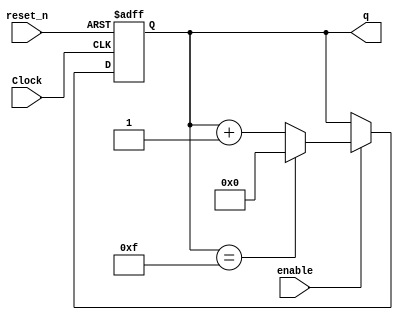
// posedge enable? doesnt require clock?
module DisplayCounter(Clock, enable, reset_n, q);
	input Clock;
	input enable;
	input reset_n;
	output [3:0] q;
	reg [3:0] count;

	always @(posedge Clock, negedge reset_n)
	begin
		if (reset_n == 1'b0)
			count[3:0] <= 4'b0000;
		else if (enable == 1'b1)
			begin
				if (count[3:0] == 4'b1111)
					count[3:0] <= 4'b0000;
				else
					count[3:0] <= count[3:0] + 4'b0001;
			end
	end
	assign q[3:0] = count[3:0];
endmodule

/*
module RateDivider(Clock, reset_n, enable, d);
	input [27:0] d;
	input reset_n;
	input Clock;
	output enable;
	reg [27:0] d_old;
	reg [27:0] count;

	always @(posedge Clock, negedge reset_n)
	begin
		if (reset_n == 1'b0)
			count[27:0] <= d[27:0];
		else if (count[27:0] == 28'd0)
			count[27:0] <= d[27:0];
		else if (d[27:0] != d_old[27:0])
			begin
				count[27:0] <= d[27:0];
				d_old[27:0] <= d[27:0];
			end
		else
			count[27:0] <= count[27:0] - 28'd1;
	end
	assign enable = (count[27:0] == 28'd0) ? 1'b1 : 1'b0;
endmodule
*/